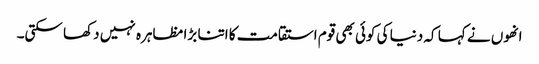
انھوں نے کہا کہ دنیا کی کوئی بھی قوم استقامت کا اتنا بڑا مظاہرہ نہیں دکھا سکتی۔